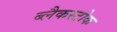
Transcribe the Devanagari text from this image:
ब्लैकस्टोक